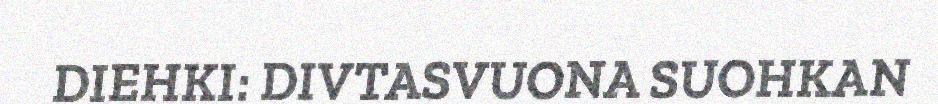
DIEHKI: DIVTASVUONA SUOHKAN